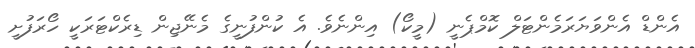
އެންޑް އެންވަޔަރަމެންޓަލް ކޮމްޕެނީ (މީކޯ) އިންނެވެ. އެ ކުންފުނީގެ މެނޭޖިން ޑިރެކްޓަރަކީ ހޯރަފުށީ